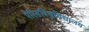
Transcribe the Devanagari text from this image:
पेरिसविश्वविद्यालय